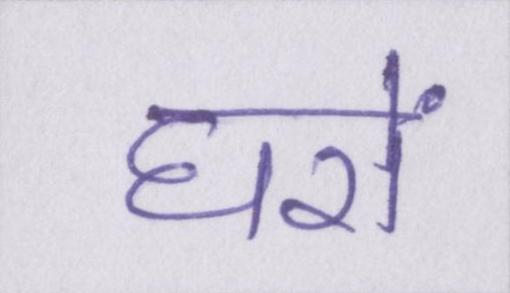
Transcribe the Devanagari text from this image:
घरों